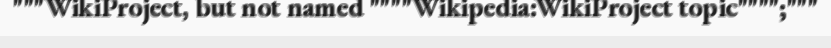
"""WikiProject, but not named """"Wikipedia:WikiProject topic"""";"""